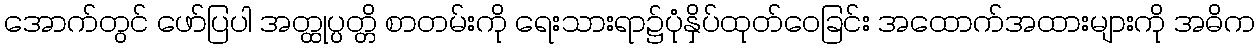
အောက်တွင် ဖော်ပြပါ အတ္ထုပ္ပတ္တိ စာတမ်းကို ရေးသားရာ၌ပုံနှိပ်ထုတ်ဝေခြင်း အထောက်အထားများကို အဓိက